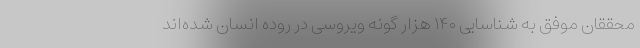
محققان موفق به شناسایی ۱۴۰ هزار گونه ویروسی در روده انسان شده‌اند